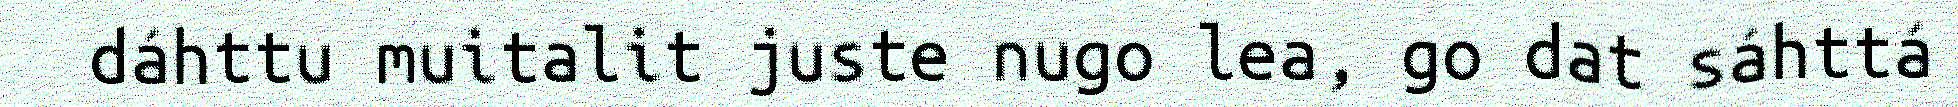
dáhttu muitalit juste nugo lea, go dat sáhttá